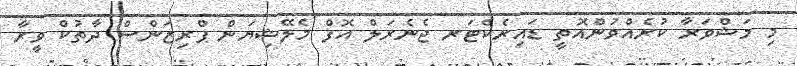
މި މަޝްވަރާ ކުރެއްވުންއޮތީ ޑައިރެކްޓަރ ޖެނެރަލް އޮފް މެލޭޝިޔަން ޕްރިޒަންސް ދާތުކް ވީރާ